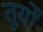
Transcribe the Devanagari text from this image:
तूर्यों